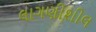
લાગણીશીલ